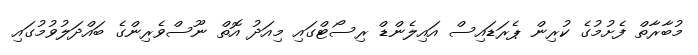
މުބާރާތް ފެށުމުގެ ކުރިން ޕެރަޑައިސް އައިލެންޑް ރިސޯޓްގައި މިއަދު އޮތް ނޫސްވެރިންގެ ބައްދަލުވުމުގައި